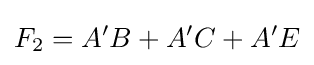
F_{2}=A'B+A'C+A'E